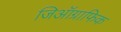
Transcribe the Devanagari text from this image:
जिऑग्राफिक